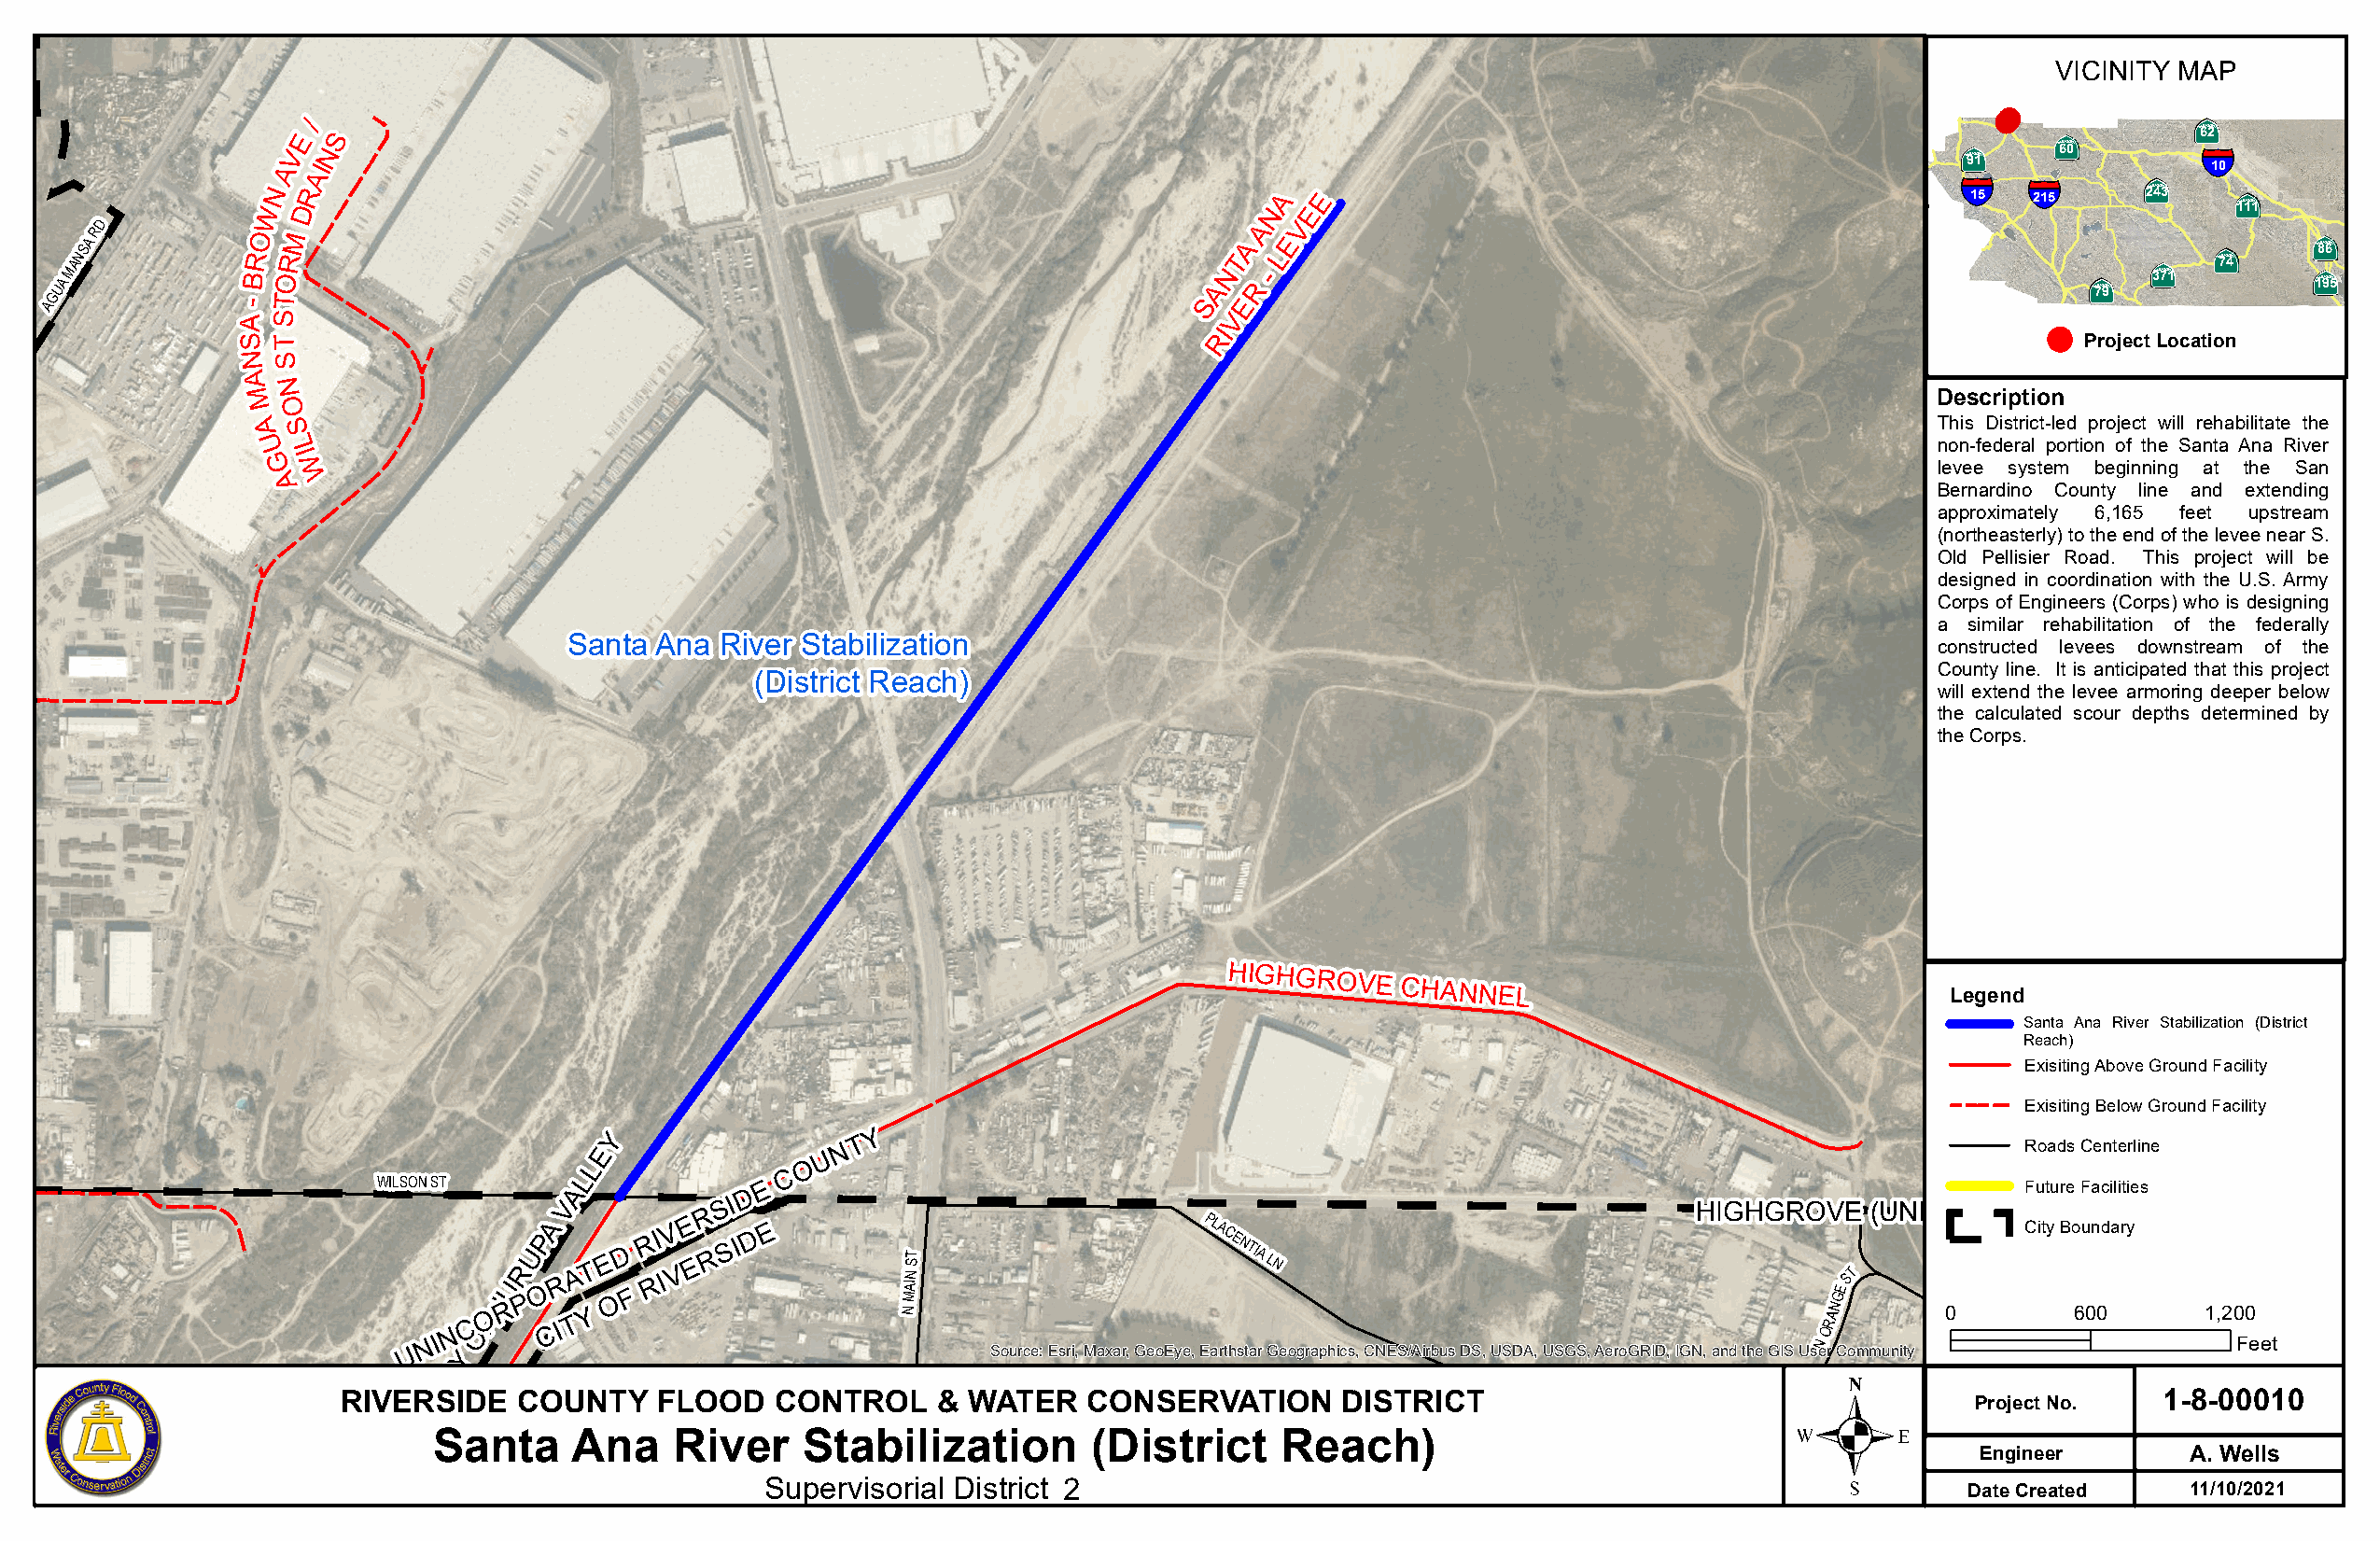
(get it from the budget book)
 VICINITY MAP
 /                                                                                                                                     ·|þ}
 E  S                                                                                                                         ·|þ}      62
 V N                                                                                                                   ·|þ}   60        §¨¦
 A  I                                                                                                                   91                10
 A                                                                                                                    §¨¦  §¨¦     ·|þ}
 N  R                                                                    A  E                                             15  215     243    ·|þ}
 W D                                                                    N  E                                                                 111
 AGUA
 MANSA
 RD
 -BRO TORM
 SANT
 EA
 R
 A
 -
 LEV
 ·|þ} 79
 ·|þ}
 371
 ·|þ}
 74
 · ·|þ |}
 þ}
 18 96
 5
 A  S                                                                  V
 ST                                                                   RI                                                            Project Location
 NS
 A
 N
 M O                                                                                                                    Description
 AS                                                                                                                     This District-led project will rehabilitate the
 UL                                                                                                                    non-federal portion of the Santa Ana River
 I
 GW
 levee system beginning at the San
 A
 Bernardino County line and extending
 approximately 6,165 feet upstream
 (northeasterly) to the end of the levee near S.
 Old Pellisier Road. This project will be
 designed in coordination with the U.S. Army
 Corps of Engineers (Corps) who is designing
 a  similar rehabilitation of the federally
 Santa  Ana River Stabilization                                                                   constructed levees downstream of the
 County line. It is anticipated that this project
 (District Reach)
 will extend the levee armoring deeper below
 the calculated scour depths determined by
 the Corps.
 HIGHGROVE
 CHANNEL
 Legend
 Santa Ana River Stabilization (District
 Reach)
 Exisiting Above Ground Facility
 Exisiting Below Ground Facility
 EY              N T Y                                                                                Roads Centerline
 U
 L              O
 WILSON ST     AL
 D
 E C                                                                                       Future Facilities
 V         R S I                                                                 HIGHGROVE    (UNINCORPORATED)
 N C
 OOF
 J
 RUR
 P
 U OP
 CA
 R
 I
 TA YT E OD
 F
 R RI
 IV
 V
 E
 E R S I D
 E
 N
 MAIN ST
 PLACENTIA
 LN                                      ORANGEST
 0
 City Bo 6u 0n 0dary
 1,200
 U
 N I
 Y                                    Source: Esri, Maxar, GeoEye, Earthstar Geographics, CNES/Airbus DS, USDA, USGS, AeroGRID, IGN, and the GIS
 UseN
 r Community
 Feet
 T                                                                                              .
 I
 C
 RIVERSIDE    COUNTY    FLOOD   CONTROL    &  WATER   CONSERVATION      DISTRICT                                     Project No.  1-8-00010
 Santa     Ana    River    Stabilization       (District     Reach)
 Engineer       A. Wells
 Supervisorial District 2                                                              Date Created   11/10/2021